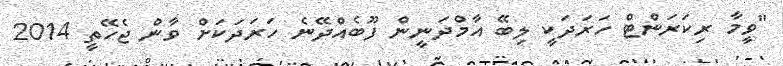
"ވީމާ ރިކަރަންޓް ހަރަދަކީ ލިބޭ އާމްދަނީން ފޫބެއްދޭނެ ހަރަދަކަށް ވާން ޖެހޭތީ 2014